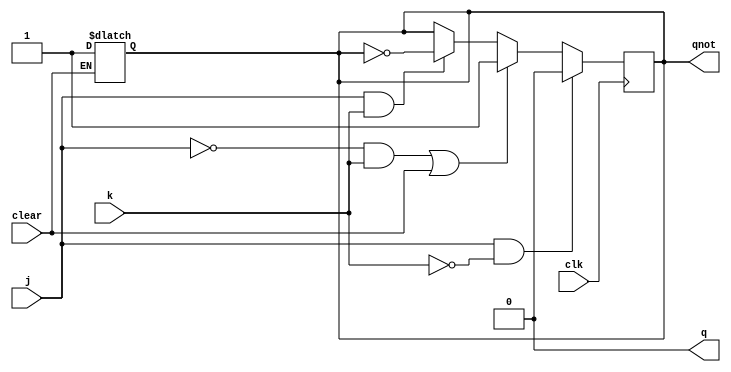
module jkff(output q, output qnot, input j, input k, input clk, input clear);
	reg q=0, qnot=1;
	always begin
		//verifica o clear em toda mudança do clock
		#5 if(clear) begin q=0; qnot=1; end
	end
	always @( posedge clk ) begin
		if ( j & ~k ) begin
			q <= 1; qnot <= 0;
		end else if ( ~j & k | clear) begin
			q <= 0; qnot <= 1;
		end else if ( j & k ) begin
			q <= ~q; qnot <= ~qnot;
		end
	end
endmodule